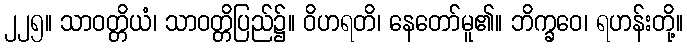
၂၂၅။ သာဝတ္တိယံ၊ သာဝတ္တိပြည်၌။ ဝိဟရတိ၊ နေတော်မူ၏။ ဘိက္ခဝေ၊ ရဟန်းတို့။